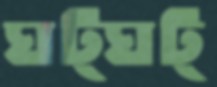
ঘট্‌ঘট্‌